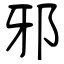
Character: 邪